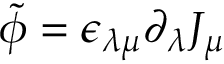
\tilde { \phi } = \epsilon _ { \lambda \mu } \partial _ { \lambda } J _ { \mu }